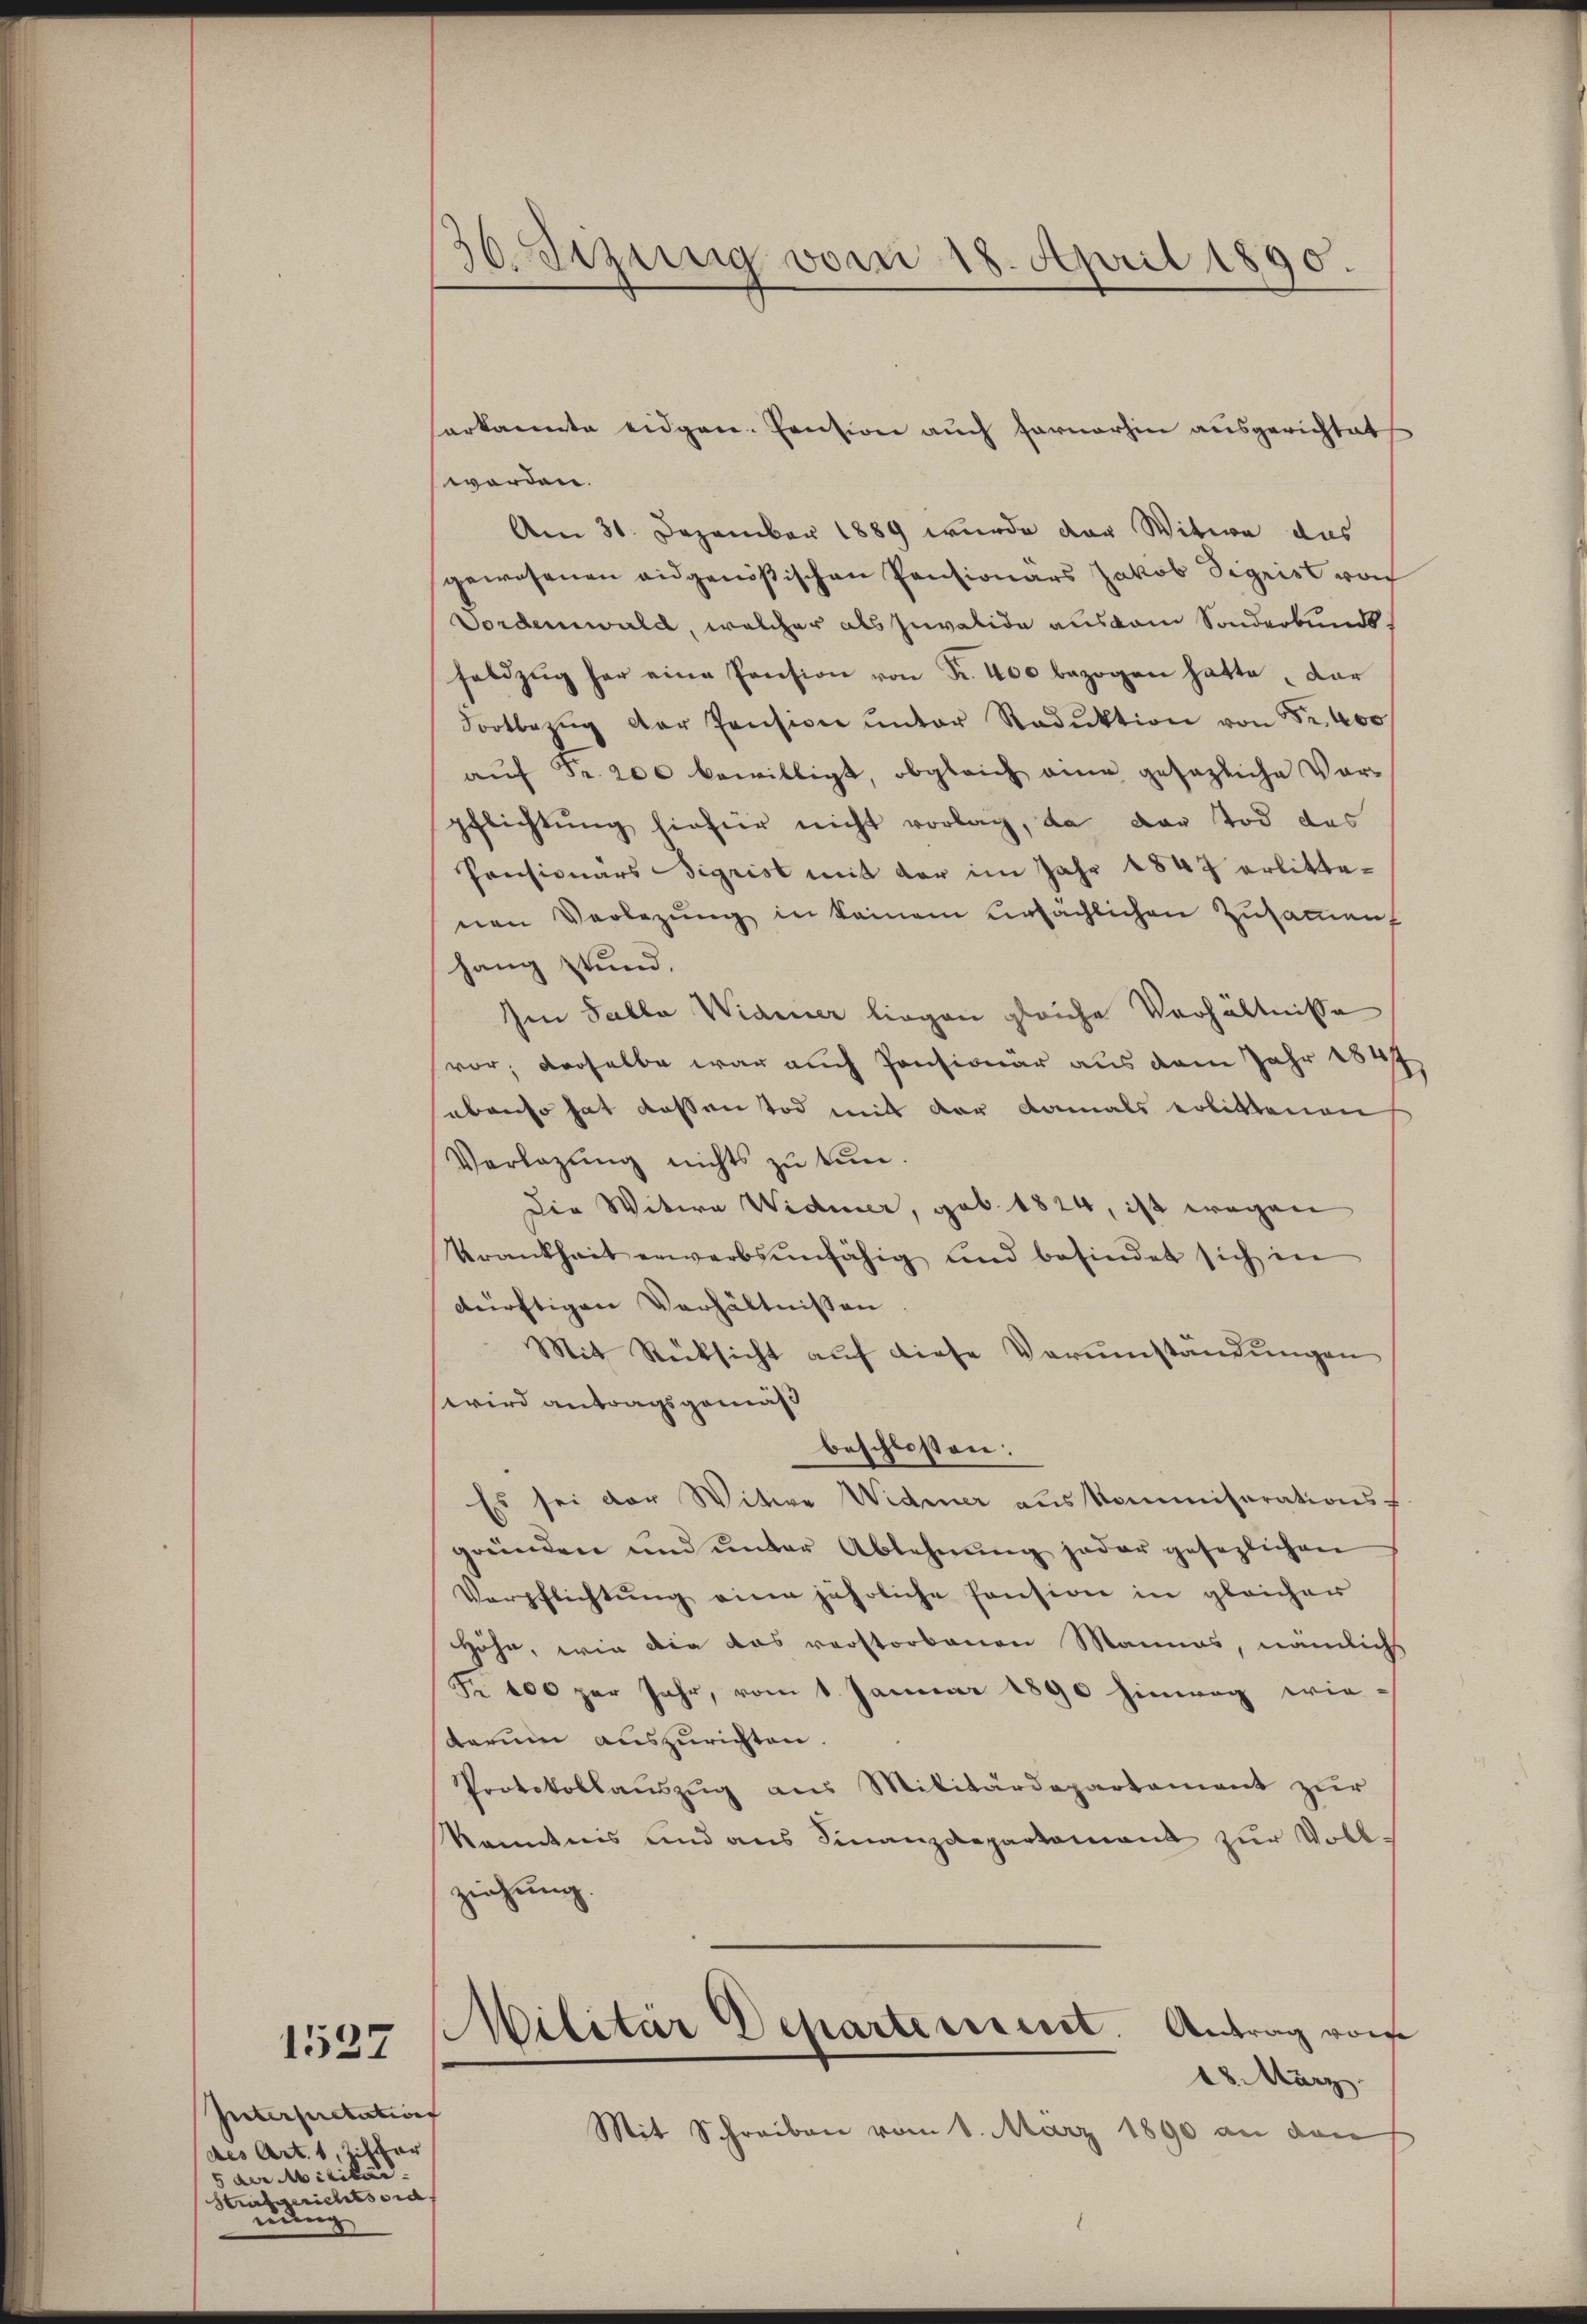
1527

Interpretation
des Art. 1, Zitter
5 der Militar
Strafgerichtsord
nung

36. Sizung vom 18. April 1890.

erkannte eidgen. Pension auch farnerhin ausgerichtet
worden.
Am 31. Dezember 1889 wurde der Witwe das
gewesenen eidgenößischen Pensionars Jakob Sigrist von
Vordenswald, welcher als juvalide aus vom Sonderbundsfeldzug her eine Pension von Fr. 400 bezogen hatte dar
Fortbezŭg der Pension ŭnter Radŭktion von Fr. 400
aŭf Fr. 200 bewilligt, obgleich eine gesezliche Vor-
pflichtung hiefür nicht vorlag, da der Tod des
Pensionärs Sigrist mit der im Jahr 1847 erlittenen Verlegŭng in keinem unsächlichen Zusammenf
hang stund.
Ien Salla Wiainer liegen gleiche Verhältnisse
vor; derselbe war auch Consionär aus dem Jahr 1847
ebenso hat dessen Tod mit der damals erlittenen
Verlegŭng nichts zu tun.
Die Witwe Widmer, geb. 1824, ist wegen
krankheit erwerbsunfähig und befindet sich in
dürftigen Verhältnissen
Mit Rücksicht aŭf diese Verumständungen
wird antragsgemäß
beschlossen:
Es sei der Witwe Widmer aus kommiserationss
gründen und unter Ablehnŭng jeder gesezlichen
Verpflichtŭng eine jährliche Pension in gleicher
Höhe, wie die das verstorbenen Mannes, nämlich
Fr. 100 per Jahr, vom 1. Januar 1890 hinweg wie-
darum auszurichten.
Protokollauszug aus Militärdepartament zur
Kenntnis und aus Finanzdepartement zur Voll-
ziehung.
Militär Departerisiret. Antrag von
18. März.
Mit Schreiben vom 8. März 1890 an den